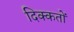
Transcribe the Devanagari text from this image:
दिक्‍कतों